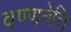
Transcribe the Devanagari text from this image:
वण्णनेत्ति